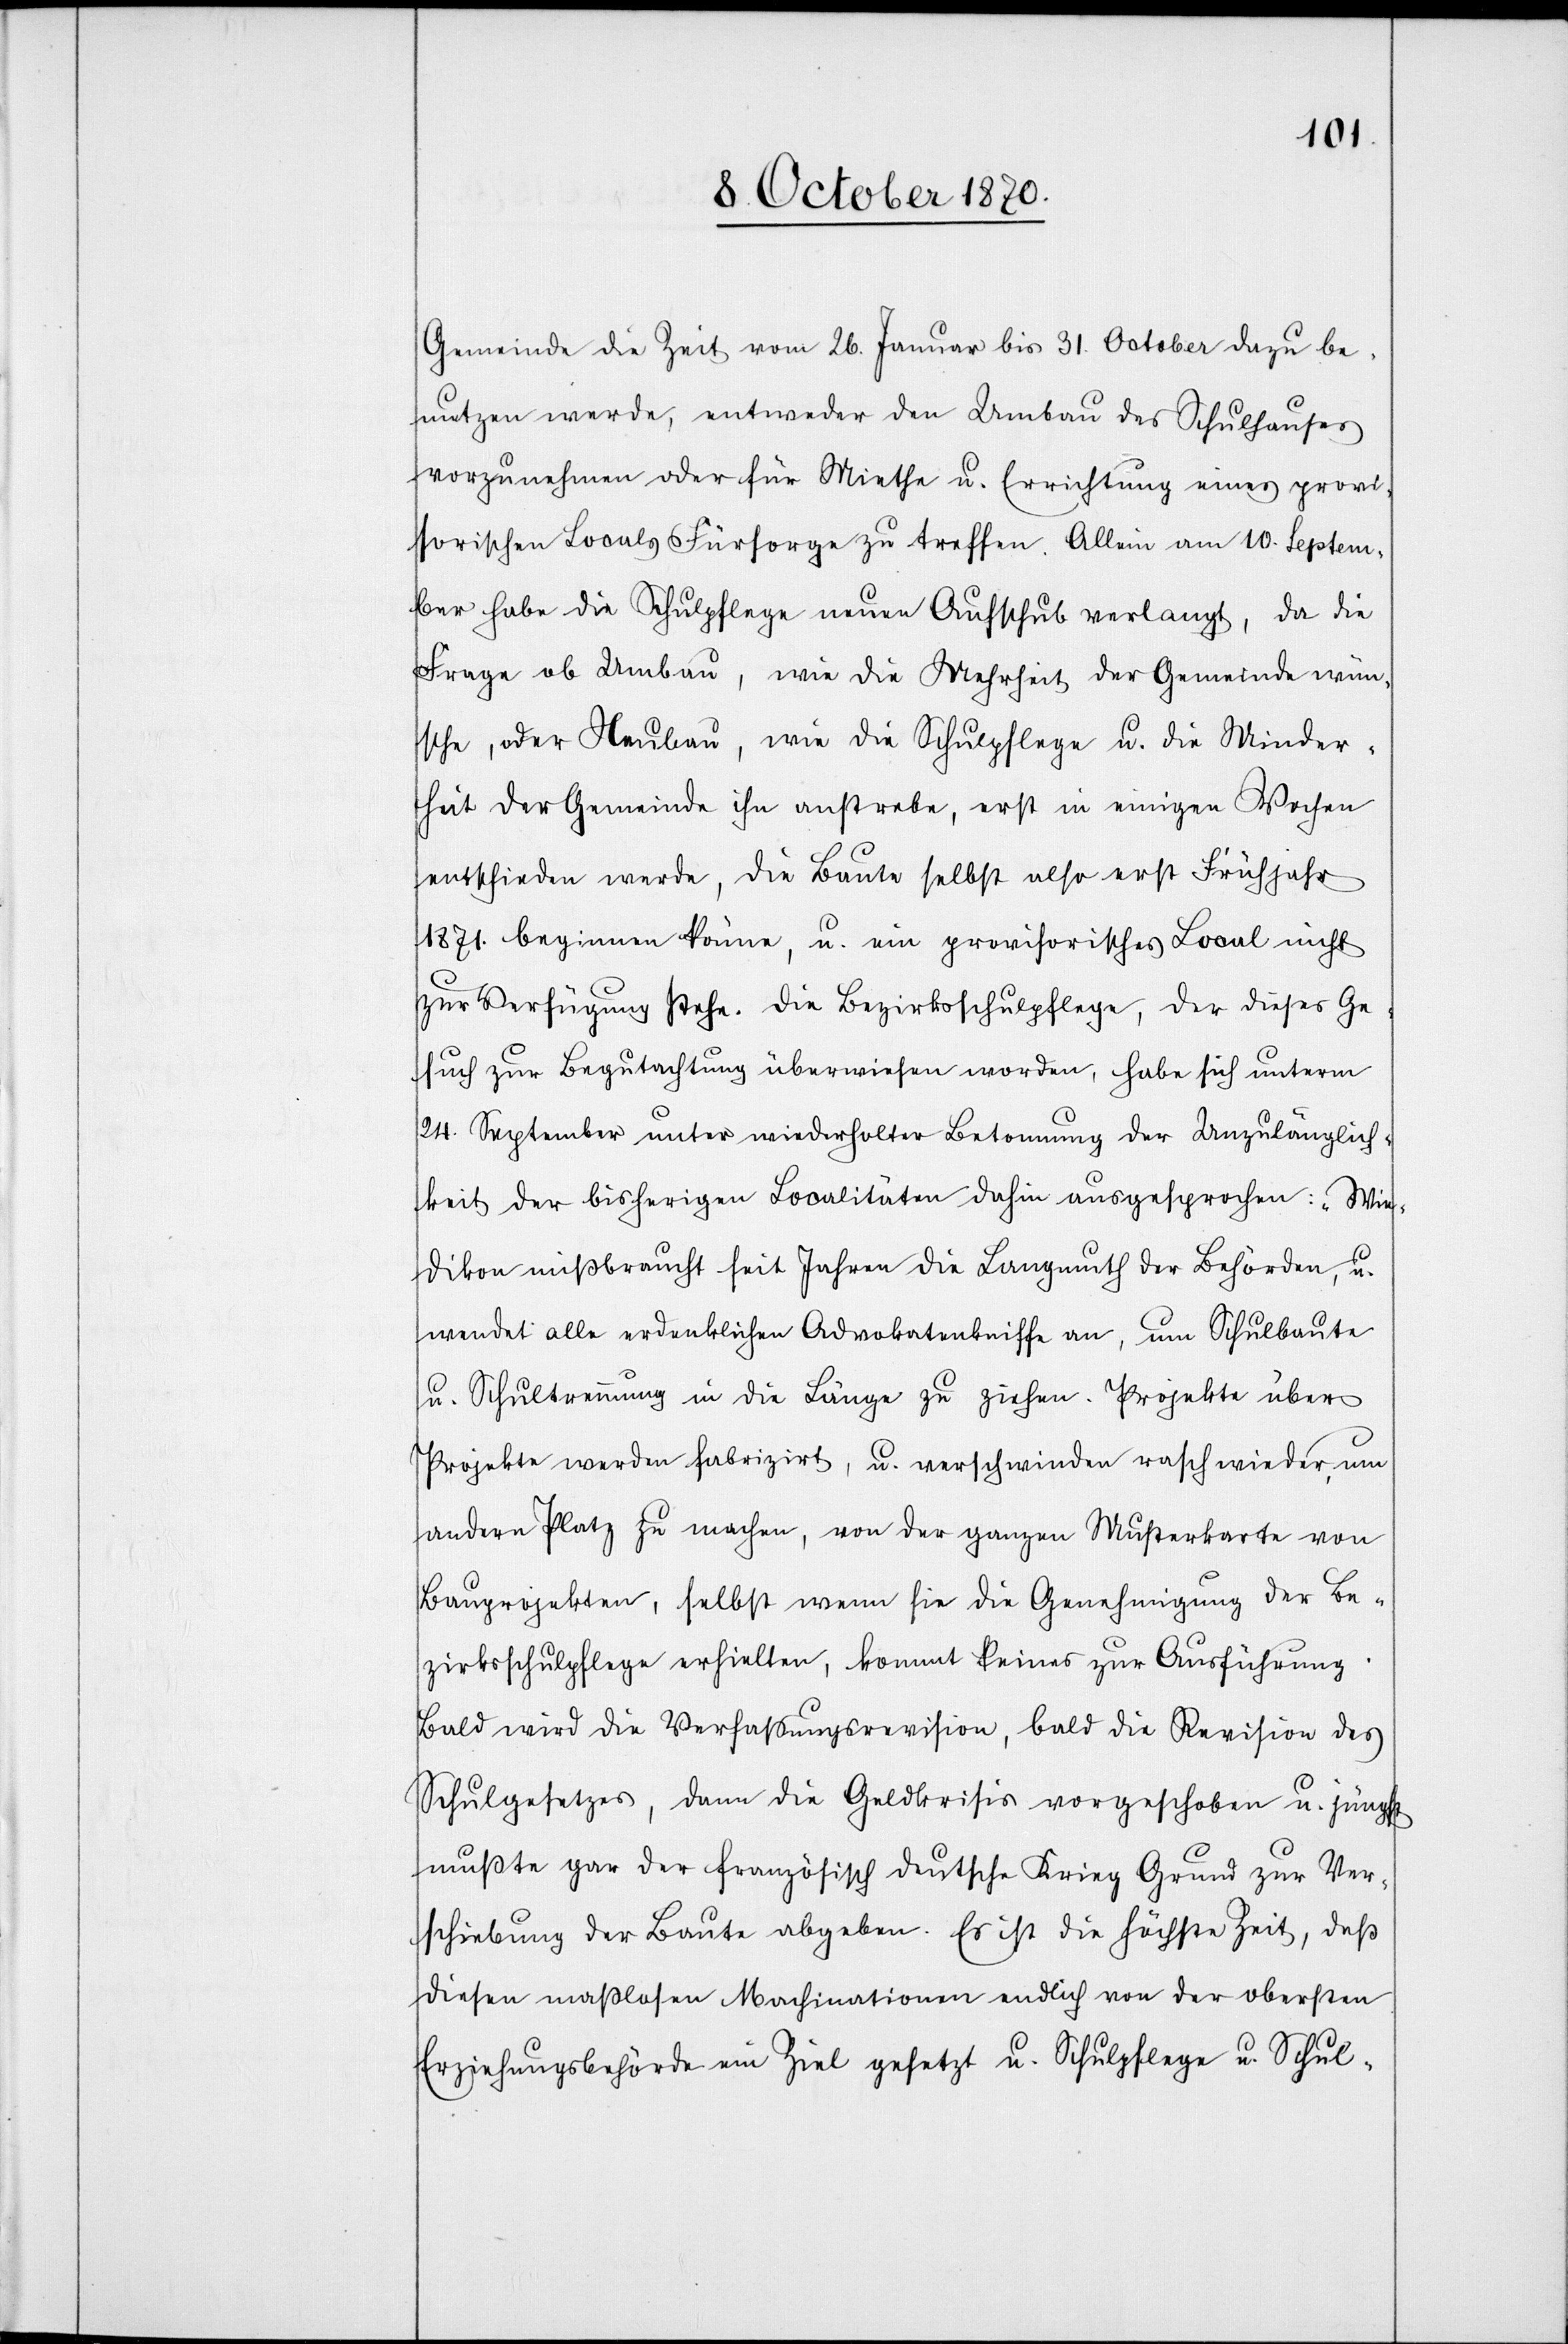
Gemeinde die Zeit vom 26. Januar bis 31. October dazu be¬
nutzen werde, entweder den Umbau der Schulhauses
vorzunehmen oder für Miethe u. Errichtung eines provi¬
sorischen Locals Fürsorge zu treffen. Allein am 10. Septem¬
ber habe die Schulpflege neuen Aufschub verlangt, da die
Frage ob Umbau, wie die Mehrheit der Gemeinde wün¬
sche, oder Neubau, wie die Schulpflege u. die Minder¬
heit der Gemeinde ihn anstrebe, erst in einigen Wochen
entschieden werde, die Baute selbst also erst Frühjahr
1871. beginnen könne, u. ein provisorisches Local nicht
zur Verfügung stehe. Die Bezirksschulpflege, der dieses Ge¬
such zur Begutachtung überwiesen worden, habe sich unterm
24. September unter wiederholter Betonung der Unzulänglich¬
keit der bisherigen Localitäten dahin ausgesprochen: „Wie¬
dikon missbraucht seit Jahren die Langmuth der Behörden, u.
wendet alle erdenklichen Advokatenkniffe an, um Schulbaute
u. Schultrennung in die Länge zu ziehen. Projekte über
Projekte werden fabrizirt, u. verschwinden rasch wieder, um
anderen Platz zu machen, von der ganzen Musterkarte von
Bauprojekten, selbst wenn sie die Genehmigung der Be¬
zirksschulpflege erhielten, kommt keines zur Ausführung.
Bald wird die Verfaßungsrevision, bald die Revision des
Schulgesetzes, dann die Geldkrisis vorgeschoben u. jüngst
mußte gar der französisch deutsche Krieg Grund zur Ver¬
schiebung der Baute abgeben. Es ist die höchste Zeit, daß
diesen maßlosen Machinationen endlich von der obersten
Erziehungsbehörde ein Ziel gesetzt u. Schulpflege u. Schul-